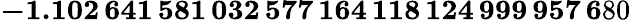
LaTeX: \mathbf{-1.102\, 641\, 581\, 032\, 577\, 164\, 118\, 124\, 999\, 957\, 6}80